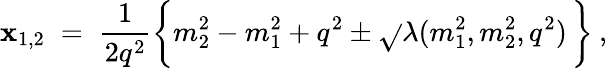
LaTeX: \mathbf{x}_{1,2}\; =\; \frac{{1}}{{2q^{2}}}\bigg\{ m_{2}^{2}-m_{1}^{2}+q^{2}\pm\sqrt{}{{\lambda(m_{1}^{2},m_{2}^{2},q^{2})}}\, \bigg\} \: ,